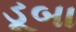
ડૂબા